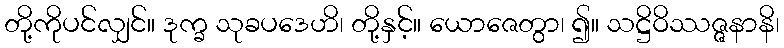
တို့ကိုပင်လျှင်။ ဒုက္ခ သုခပဒေဟိ၊ တို့နှင့်။ ယောဇေတွာ၊ ၍။ သဋ္ဌိဝိဿဇ္ဇနာနိ၊